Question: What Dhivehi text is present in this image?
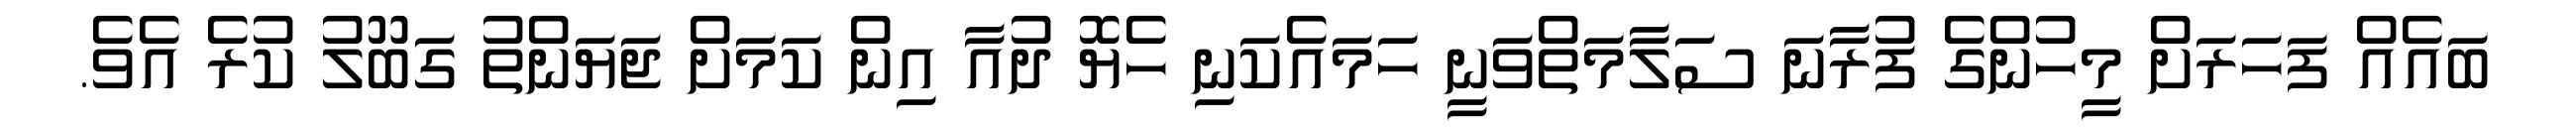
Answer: ބައެއް ފަހަރަށް މީހުންގެ ފުރާނަ ސަލާމަތްވަނީ ހަމައެކަނި ހެޔޮ ދުއާ އިން ކަމަށް ޖަޔަންތު ގަބޫލު ކުރެ އެވެ.